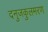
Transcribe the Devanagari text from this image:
दनुजकुलमरण